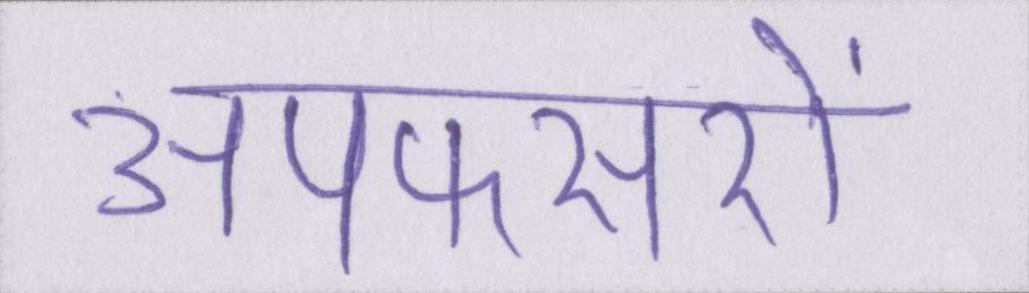
अपफसरों